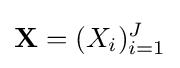
\mathbf {X} =(X_{i})_{i=1}^{J}